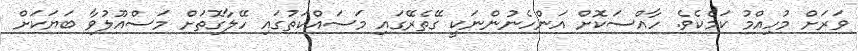
ވަރަށް މުހިއްމު ކަމެކެވެ. ހާއްސަކޮށް އަންހެނުންނަކީ ގޭތެރޭގައި މަސައްކަތުގައި ހޭލާގޮތަށް މަސްއޫލުވާ ބަޔަކަށް